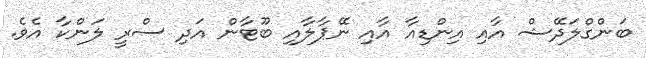
ބަންގްލަދޭޝް އާއި އިންޑިއާ އާއި ނޭޕާލާއި ބޫޓާން އަދި ސްރީ ލަންކާ އެވެ.